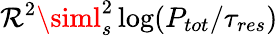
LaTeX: \mathcal{R}^{2}\siml_{s}^{2}\log(P_{tot}/\tau_{res})